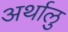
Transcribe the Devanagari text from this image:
अर्थालु